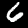
Digit: 6